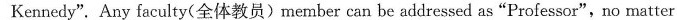
Kennedy". Any faculty(全体教员)member can be addressed as"Professor",no matter